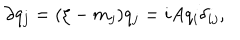
\partial q _ { j } = ( \xi - m _ { j } ) q _ { j } = i A q _ { i } \delta _ { i j } ,